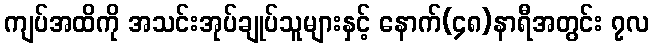
ကျပ်အထိကို အသင်းအုပ်ချုပ်သူများနှင့် နောက်(၄၈)နာရီအတွင်း ၇လ